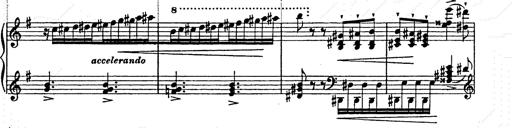
Title: Ab irato
Composer: Franz Liszt